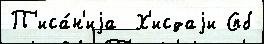
П'иса́н'иjа  Х'исдаjи Спб